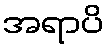
အရာပိ